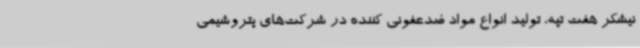
نیشکر هفت تپه، تولید انواع مواد ضدعفونی کننده در شرکت‌های پتروشیمی